Annual administration report of the Civil Veterinary Department of India - 1898-1899
Year: 1898
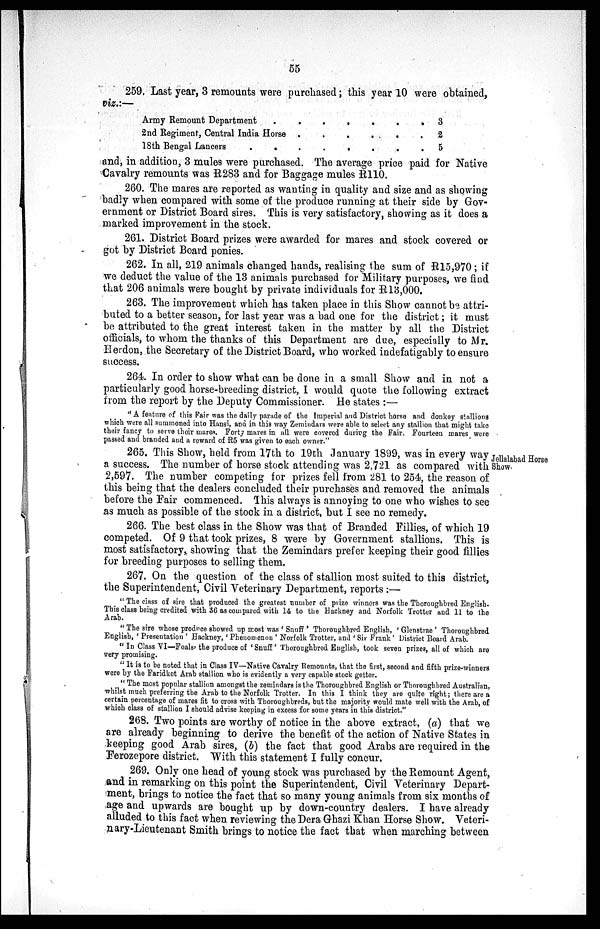
55
259. Last year, 3 remounts were purchased; this year 10 were obtained,
viz.:—
Army Remount Department . . . . . .
2nd Regiment, Central India Horse . . . . . .
18th Bengal Lancers . . . . . .
3
2
5
and, in addition, 3 mules were purchased. The average price paid for Native
Cavalry remounts was R283 and for Baggage mules R110.
260. The mares are reported as wanting in quality and size and as showing
badly when compared with some of the produce running at their side by Gov-
ernment or District Board sires. This is very satisfactory, showing as it does a
marked improvement in the stock.
261. District Board prizes were awarded for mares and stock covered or
got by District Board ponies.
262. In all, 219 animals changed hands, realising the sum of R15,970; if
we deduct the value of the 13 animals purchased for Military purposes, we find
that 206 animals were bought by private individuals for R13,000.
263. The improvement which has taken place in this Show cannot be attri-
buted to a better season, for last year was a bad one for the district; it must
be attributed to the great interest taken in the matter by all the District
officials, to whom the thanks of this Department are due, especially to Mr.
Herdon, the Secretary of the District Board, who worked indefatigably to ensure
success.
264. In order to show what can be done in a small Show and in not a
particularly good horse-breeding district, I would quote the following extract
from the report by the Deputy Commissioner. He states:—
"A feature of this Fair was the daily parade of the Imperial and District horse and donkey stallions
which were all summoned into Hansi, and in this way Zemindars were able to select any stallion that might take
their fancy to serve their mares. Forty mares in all were covered during the Fair. Fourteen mares were
passed and branded and a reward of R5 was given to each owner."
Jellalabad Horse
Show.
265. This Show, held from 17th to 19th January 1899, was in every way
a success. The number of horse stock attending was 2,721 as compared with
2,597. The number competing for prizes fell from 281 to 254, the reason of
this being that the dealers concluded their purchases and removed the animals
before the Fair commenced. This always is annoying to one who wishes to see
as much as possible of the stock in a district, but I see no remedy.
266. The best class in the Show was that of Branded Fillies, of which 19
competed. Of 9 that took prizes, 8 were by Government stallions. This is
most satisfactory, showing that the Zemindars prefer keeping their good fillies
for breeding purposes to selling them.
267. On the question of the class of stallion most suited to this district,
the Superintendent, Civil Veterinary Department, reports:—
"The class of sire that produced the greatest number of prize winners was the Thoroughbred English.
This class being credited with 36 as compared with 14 to the Hackney and Norfolk Trotter and 11 to the
Arab.
"The sire whose produce showed up most was 'Snuff' Thoroughbred English, 'Glenstrae' Thoroughbred
English, 'Presentation' Hackney, 'Phenomenon' Norfolk Trotter, and 'Sir Frank' District Board Arab.
"In Class VI—Foals, the produce of 'Snuff' Thoroughbred English, took seven prizes, all of which are
very promising.
"It is to be noted that in Class IV—Native Cavalry Remounts, that the first, second and fifth prize-winners
were by the Faridkot Arab stallion who is evidently a very capable stock getter.
"The most popular stallion amongst the zemindars is the Thoroughbred English or Thoroughbred Australian,
whilst much preferring the Arab to the Norfolk Trotter. In this I think they are quite right; there are a
certain percentage of mares fit to cross with Thoroughbreds, but the majority would mate well with the Arab, of
which class of stallion I should advise keeping in excess for some years in this district."
268. Two points are worthy of notice in the above extract, (a) that we
are already beginning to derive the benefit of the action of Native States in
keeping good Arab sires, (b) the fact that good Arabs are required in the
Ferozepore district. With this statement I fully concur.
269. Only one head of young stock was purchased by the Remount Agent,
and in remarking on this point the Superintendent, Civil Veterinary Depart-
ment, brings to notice the fact that so many young animals from six months of
age and upwards are bought up by down-country dealers. I have already
alluded to this fact when reviewing the Dera Ghazi Khan Horse Show. Veteri-
nary-Lieutenant Smith brings to notice the fact that when marching between